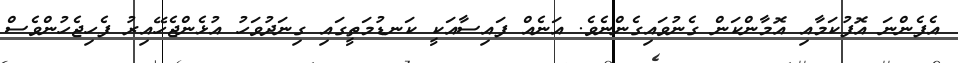
އެފެންނަ އޮފުކަމާއި އޮމާންކަން ގެނުވައިގެންނެވެ. އަނެއް ފައިސާއަކީ ކަނޑުމަތީގައި ގިނަދުވަހު އުޅެންޖެހޭއިރު ފެހިޖެހުންވެސް